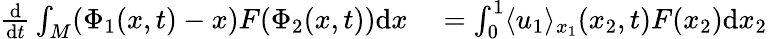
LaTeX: \begin{array}{rl}{\frac{\mathrm{d}}{\mathrm{d}t}\int_{M}(\Phi_{1}(x,t)-x)F(\Phi_{2}(x,t))\mathrm{d}x}&{{}=\int_{0}^{1}\langle u_{1}\rangle_{x_{1}}(x_{2},t)F(x_{2})\mathrm{d}x_{2}}\end{array}